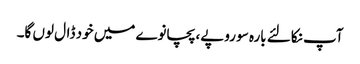
آپ نکالئے بارہ سو روپے، پچانوے میں خود ڈال لوں گا۔